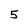
Character: 5